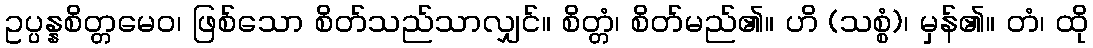
ဥပ္ပန္နစိတ္တမေဝ၊ ဖြစ်သော စိတ်သည်သာလျှင်။ စိတ္တံ၊ စိတ်မည်၏။ ဟိ (သစ္စံ)၊ မှန်၏။ တံ၊ ထို